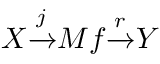
X { \xrightarrow { j } } M f { \xrightarrow { r } } Y